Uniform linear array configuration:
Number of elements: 4
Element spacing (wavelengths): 0.5
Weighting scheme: kaiser
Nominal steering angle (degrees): -45
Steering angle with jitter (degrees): -45.065
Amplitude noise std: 0.05
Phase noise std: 0.05

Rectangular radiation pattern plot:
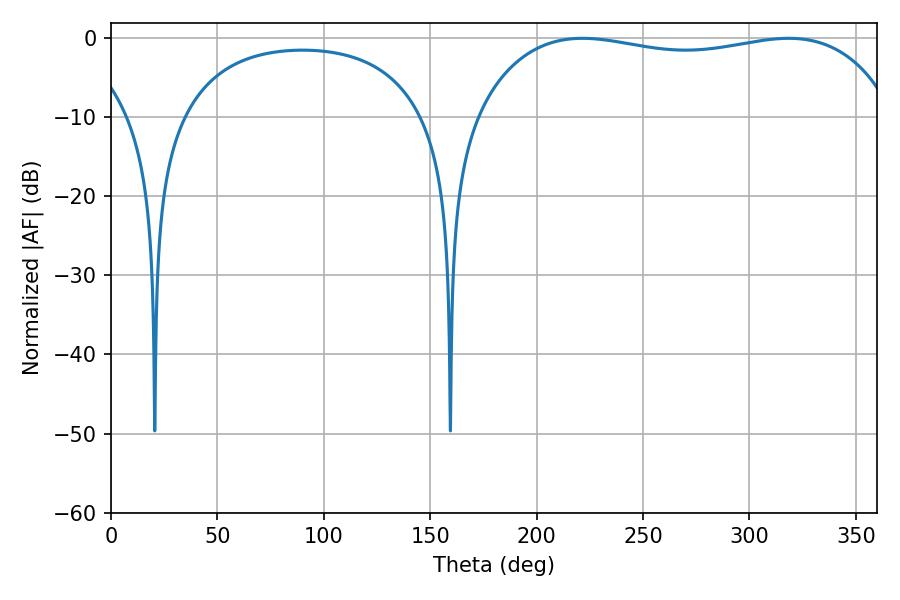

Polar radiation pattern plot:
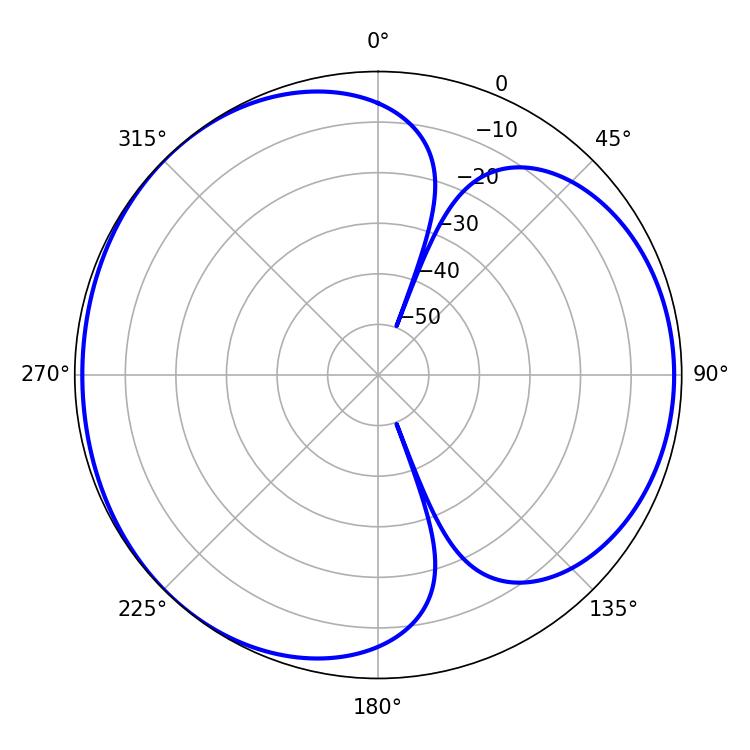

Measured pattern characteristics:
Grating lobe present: FALSE
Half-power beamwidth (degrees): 158.76
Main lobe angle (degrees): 221.58